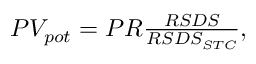
\begin{array} { r } { P V _ { p o t } = P R \frac { R S D S } { R S D S _ { S T C } } , } \end{array}